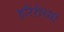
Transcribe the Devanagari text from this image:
हरिरीच्या